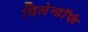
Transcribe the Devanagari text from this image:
विलेन्डॉर्फ